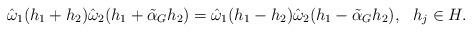
LaTeX: \begin{align*}\hat\omega_1(h_1+h_2)\hat\omega_2(h_1+\tilde\alpha_{G} h_2)=\hat\omega_1(h_1-h_2)\hat\omega_2(h_1-\tilde\alpha_{G} h_2), \ \ h_j\in H.\end{align*}